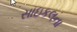
સાઇકલના